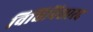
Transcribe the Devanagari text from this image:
विधिविशारद